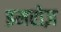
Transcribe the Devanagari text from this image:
इमरोज़